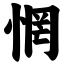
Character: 惘